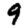
Digit: 9